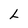
Character: L